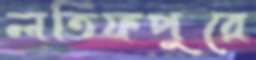
লতিফপুরে